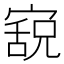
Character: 𫳸